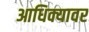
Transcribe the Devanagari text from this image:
आधिक्यावर